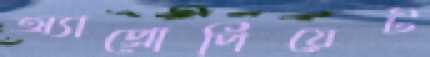
অ্যাপ্রোপিয়েট